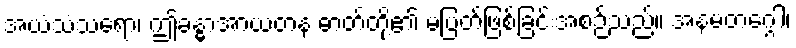
အယံသံသရော၊ ဤခန္ဓာအာယတန ဓာတ်တို့၏ မပြတ်ဖြစ်ခြင်းအစဉ်သည်။ အနမတဂ္ဂေါ၊